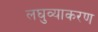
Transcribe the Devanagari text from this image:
लघुव्याकरण